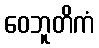
ဝေဘူတိကံ